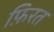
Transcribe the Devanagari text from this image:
फ़िरत